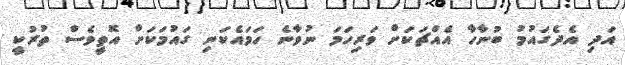
އަދި އެދެގައުމު ބުނާހާ އެއްޗަކަށް ވަރިހަމަ ނުވާނެ ހަމައެކަނި ގައުމަކަށް އޮތީވެސް ތުރުކީ